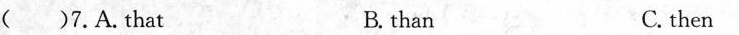
( )7.A.That B. than C. then